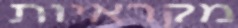
מקראיות